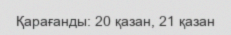
Қарағанды: 20 қазан, 21 қазан